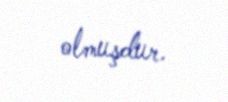
olmuşdur.